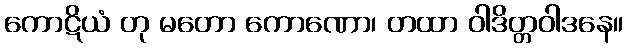
ကောဋိယံ တု မတော ကောဏော၊ တထာ ဝါဒိတ္တဝါဒနေ။